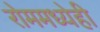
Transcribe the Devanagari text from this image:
रोममध्येही